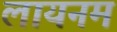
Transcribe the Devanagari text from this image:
लायनम